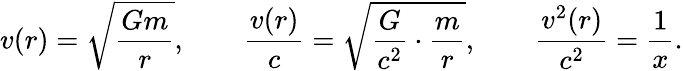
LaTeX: v(r)=\sqrt{\frac{Gm}{r}},\qquad\frac{v(r)}{c}=\sqrt{\frac{G}{c^{2}}\cdot\frac{m}{r}},\qquad\frac{v^{2}(r)}{c^{2}}=\frac{1}{x}.